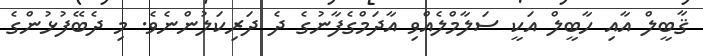
ޤާބީލް އާއި ހާބީލް އަކީ ސަލާމްލެއްވި އާދަމްގެފާނުގެ ދެ ދަރިކަލުންނެވެ. މި ދެބޭފުޅުންގެ